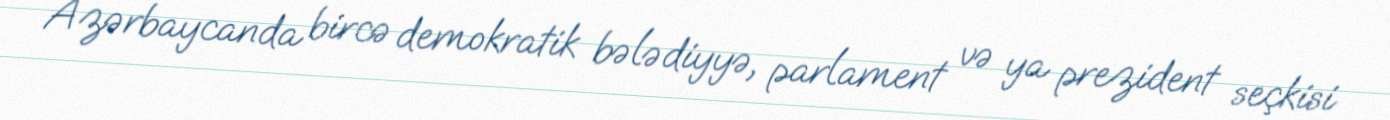
Azərbaycanda bircə demokratik bələdiyyə, parlament və ya prezident seçkisi